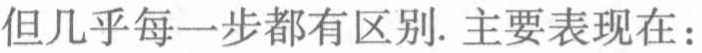
但几乎每一步都有区别. 主要表现在：